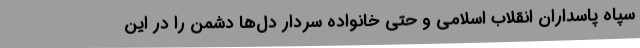
سپاه پاسداران انقلاب اسلامی و حتی خانواده سردار دل‌ها دشمن را در این